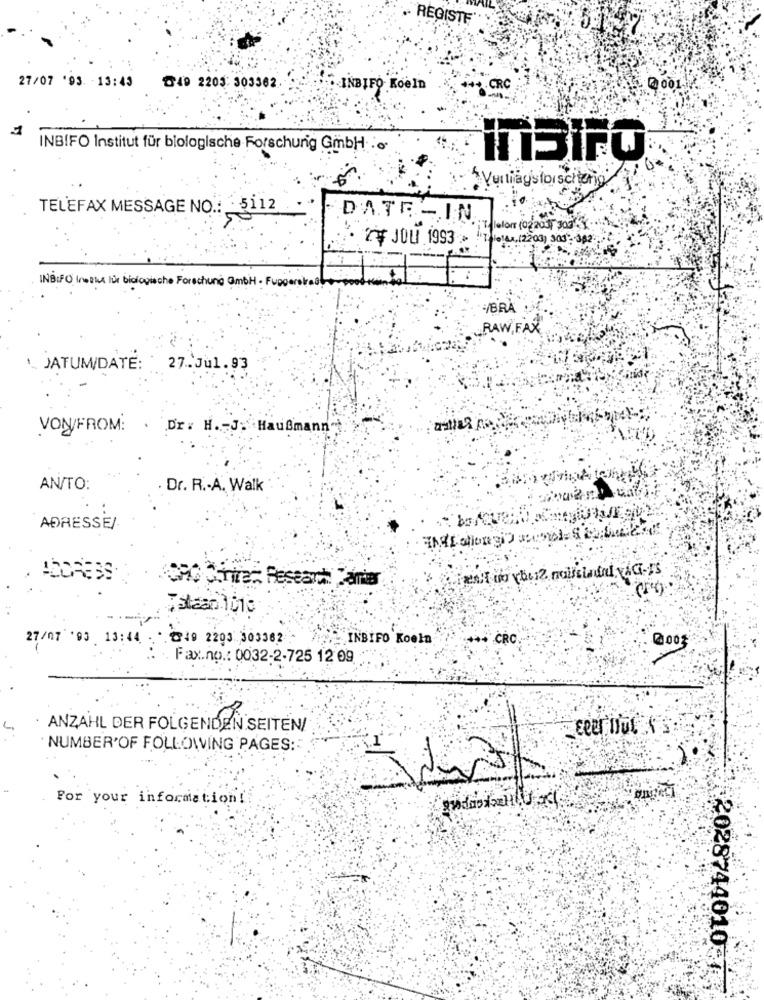
REGISTE
27/07 '93 13:43
@40 2205: 303362 INBIFO NoëlD
2 001
1
INBIFO Institut für biologische Forschung GmbH .o.
InBIFO
Verlagsforschten
TELEFAX MESSAGE NO .: - 5112
DATE -IN
iT' lefort (02/201) 300* *:
JOLI 1993 1/014.(203) 303 , 042.
INBIFO Inthe hut biologische Forschung ambi - Fugger
/BRA
RAW, FAX
JATUM/DATE: 27.Jul. 93
VON/FROM: . Dr: H. J. Haußmann"
AN/TO:
Dr. R .- A. Walk
ADRESSE/
INDoingDEsuSCALAda
27/07 93 13:44
C40 2203 303362
INBIFO Koeln
*** CRO
0003
Fax.no .: 0032-2-725 12 09
ANZAHL DER FOLGENDEN SEITEN/
NUMBER OF FOLLOWING PAGES:
For your information!
20287440103 ***